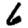
Digit: 6